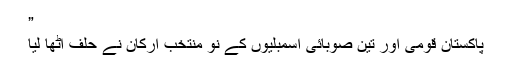
”
پاکستان قومی اور تین صوبائی اسمبلیوں کے نو منتخب ارکان نے حلف اٹھا لیا